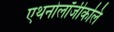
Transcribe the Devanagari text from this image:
एथनोलॉजीकलि